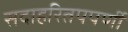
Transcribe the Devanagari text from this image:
सदाहरितपपर्णी